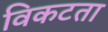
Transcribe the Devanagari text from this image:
विकटता